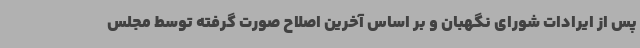
پس از ایرادات شورای نگهبان و بر اساس آخرین اصلاح صورت گرفته توسط مجلس